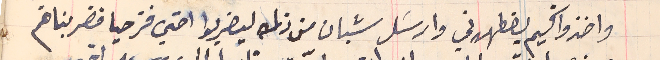
واخذ واكيم يضطهدني وارسَل شبان من زلمه ليضربوا اخي قزحيا فضربناهم